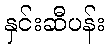
နှင်းဆီပန်း